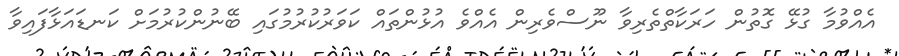
އެއްވުމާ ގުޅޭ ގޮތުން ހަރަކާތްތެރިވާ ނޫސްވެރިން އެއްވެ އުޅުންތައް ކަވަރުކުރުމުގައި ބޭނުންކުރުމަށް ކަނޑައަޅާފައިވާ